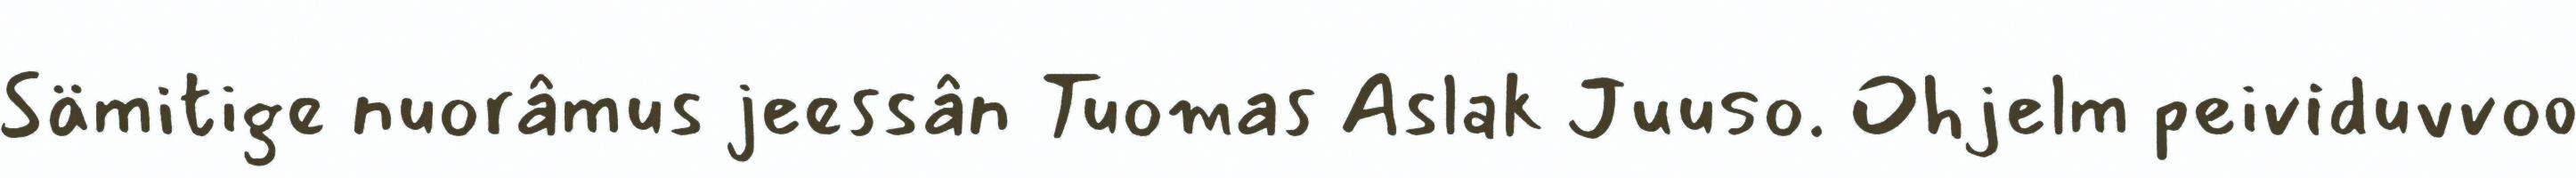
Sämitige nuorâmus jeessân Tuomas Aslak Juuso. Ohjelm peividuvvoo